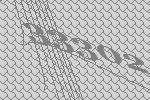
33302